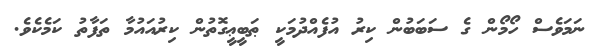
ނަމަވެސް ހޯމޯން ގެ ސަބަބުން ކިރު އުފެއްދުމަކީ ޠަބީޢީގޮތުން ކިރުއައުމާ ތަފާތު ކަމެކެވެ.